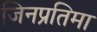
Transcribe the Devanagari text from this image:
जिनप्रतिमा